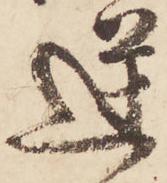
逆